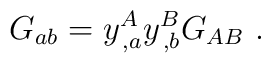
G_{ab}=y^{A}_{\,,a}y^{B}_{\,,b}G_{AB}~.